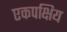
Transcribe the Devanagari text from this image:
एकपक्षिय